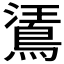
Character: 𪁘